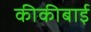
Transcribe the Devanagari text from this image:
कीकीबाई